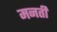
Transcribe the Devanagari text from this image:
मनती